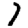
Digit: 7